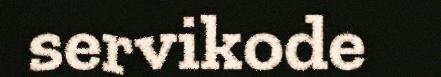
servikode